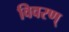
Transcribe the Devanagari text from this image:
विवरण्‌